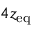
4 z _ { \mathrm { e q } }